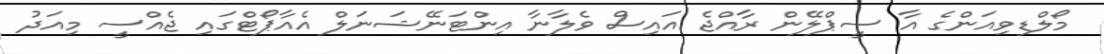
މޯލްޑިވިއަންގެ އާ ސީޕްލޭން ރާއްޖެ އައިސް ވެލާނާ އިންޓަނޭޝަނަލް އެއާޕޯޓްގައި ޖެއްސީ މިއަދު